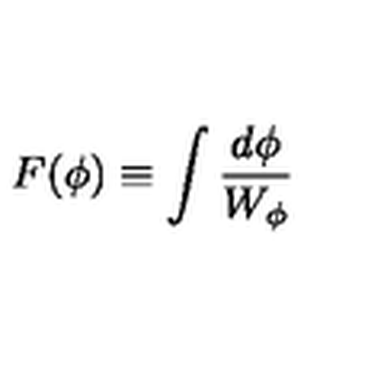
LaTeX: F ( \phi ) \equiv \int { \frac { d \phi } { W _ { \phi } } }